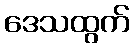
ဒေသထွက်